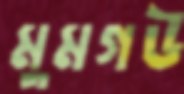
মুমগউ